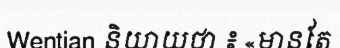
Wentian និយាយថា ៖ «មានតែ